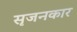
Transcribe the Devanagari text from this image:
सृजनकार